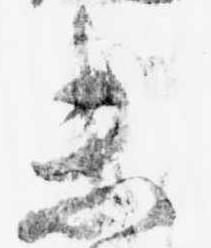
未